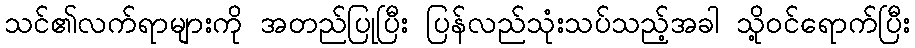
သင်၏လက်ရာများကို အတည်ပြုပြီး ပြန်လည်သုံးသပ်သည့်အခါ သို့ဝင်ရောက်ပြီး